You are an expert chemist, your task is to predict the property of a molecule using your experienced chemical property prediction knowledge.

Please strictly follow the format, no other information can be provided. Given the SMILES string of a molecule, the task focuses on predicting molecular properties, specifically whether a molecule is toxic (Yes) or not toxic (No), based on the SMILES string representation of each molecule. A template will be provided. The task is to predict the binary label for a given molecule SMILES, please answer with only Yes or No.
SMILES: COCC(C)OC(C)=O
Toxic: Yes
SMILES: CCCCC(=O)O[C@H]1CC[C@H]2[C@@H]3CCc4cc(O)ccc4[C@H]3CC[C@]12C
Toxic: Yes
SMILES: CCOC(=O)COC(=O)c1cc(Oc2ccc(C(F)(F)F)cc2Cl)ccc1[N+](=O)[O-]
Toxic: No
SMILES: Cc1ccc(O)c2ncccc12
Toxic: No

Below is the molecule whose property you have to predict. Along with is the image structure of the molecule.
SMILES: CC(C)c1ccc(S(=O)(=O)[O-])cc1
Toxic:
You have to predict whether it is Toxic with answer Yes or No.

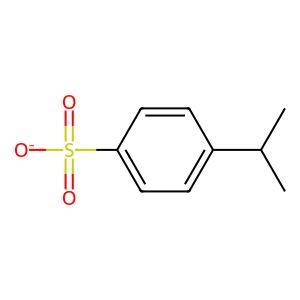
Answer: No